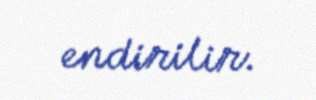
endirilir.